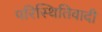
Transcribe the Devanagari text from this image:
परिस्थितिवादी